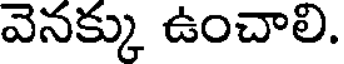
వెనక్కు ఉంచాలి.